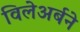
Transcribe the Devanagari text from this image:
विलेअर्बने